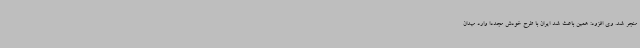
منجر شد. وی افزود: همین باعث شد ایران با طرح خودش مجددا وارد میدان